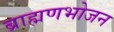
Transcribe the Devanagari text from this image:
ब्राह्मणभोजन